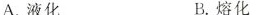
A. 液化 B. 熔化